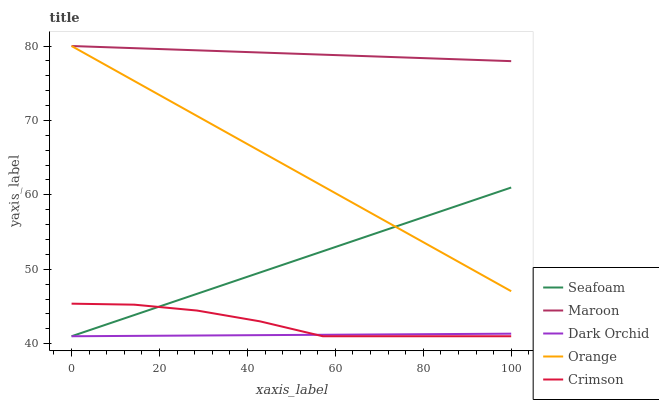
| xaxis_label | Seafoam | Maroon | Dark Orchid | Orange | Crimson |
 | --- | --- | --- | --- | --- | --- |
 | 0 | 41 | 80 | 41 | 80 | 45.4 |
 | 14.3 | 43.9 | 79.7 | 41 | 75.3 | 45.2 |
 | 28.6 | 46.7 | 79.4 | 41.1 | 70.6 | 44.5 |
 | 42.9 | 49.6 | 79.1 | 41.1 | 65.9 | 43 |
 | 57.1 | 52.4 | 78.8 | 41.2 | 61.2 | 41 |
 | 71.4 | 55.3 | 78.5 | 41.2 | 56.5 | 41 |
 | 85.7 | 58.1 | 78.3 | 41.3 | 51.8 | 41 |
 | 100 | 61 | 78 | 41.3 | 47.1 | 41 |